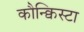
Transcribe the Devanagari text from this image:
कौन्क्विस्टा